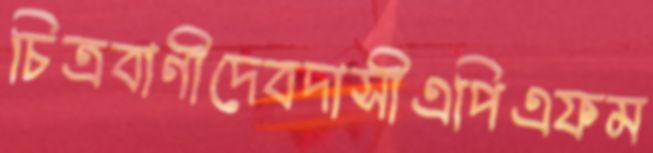
চিত্রবাণীদেবদাসীএপিএফম